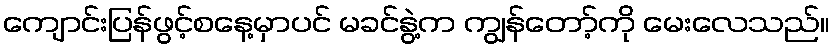
ကျောင်းပြန်ဖွင့်စနေ့မှာပင် မခင်နွဲ့က ကျွန်တော့်ကို မေးလေသည်။